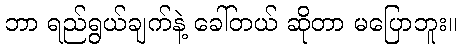
ဘာ ရည်ရွယ်ချက်နဲ့ ခေါ်တယ် ဆိုတာ မပြောဘူး။